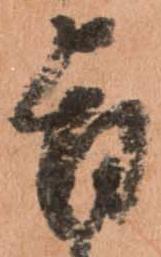
旨